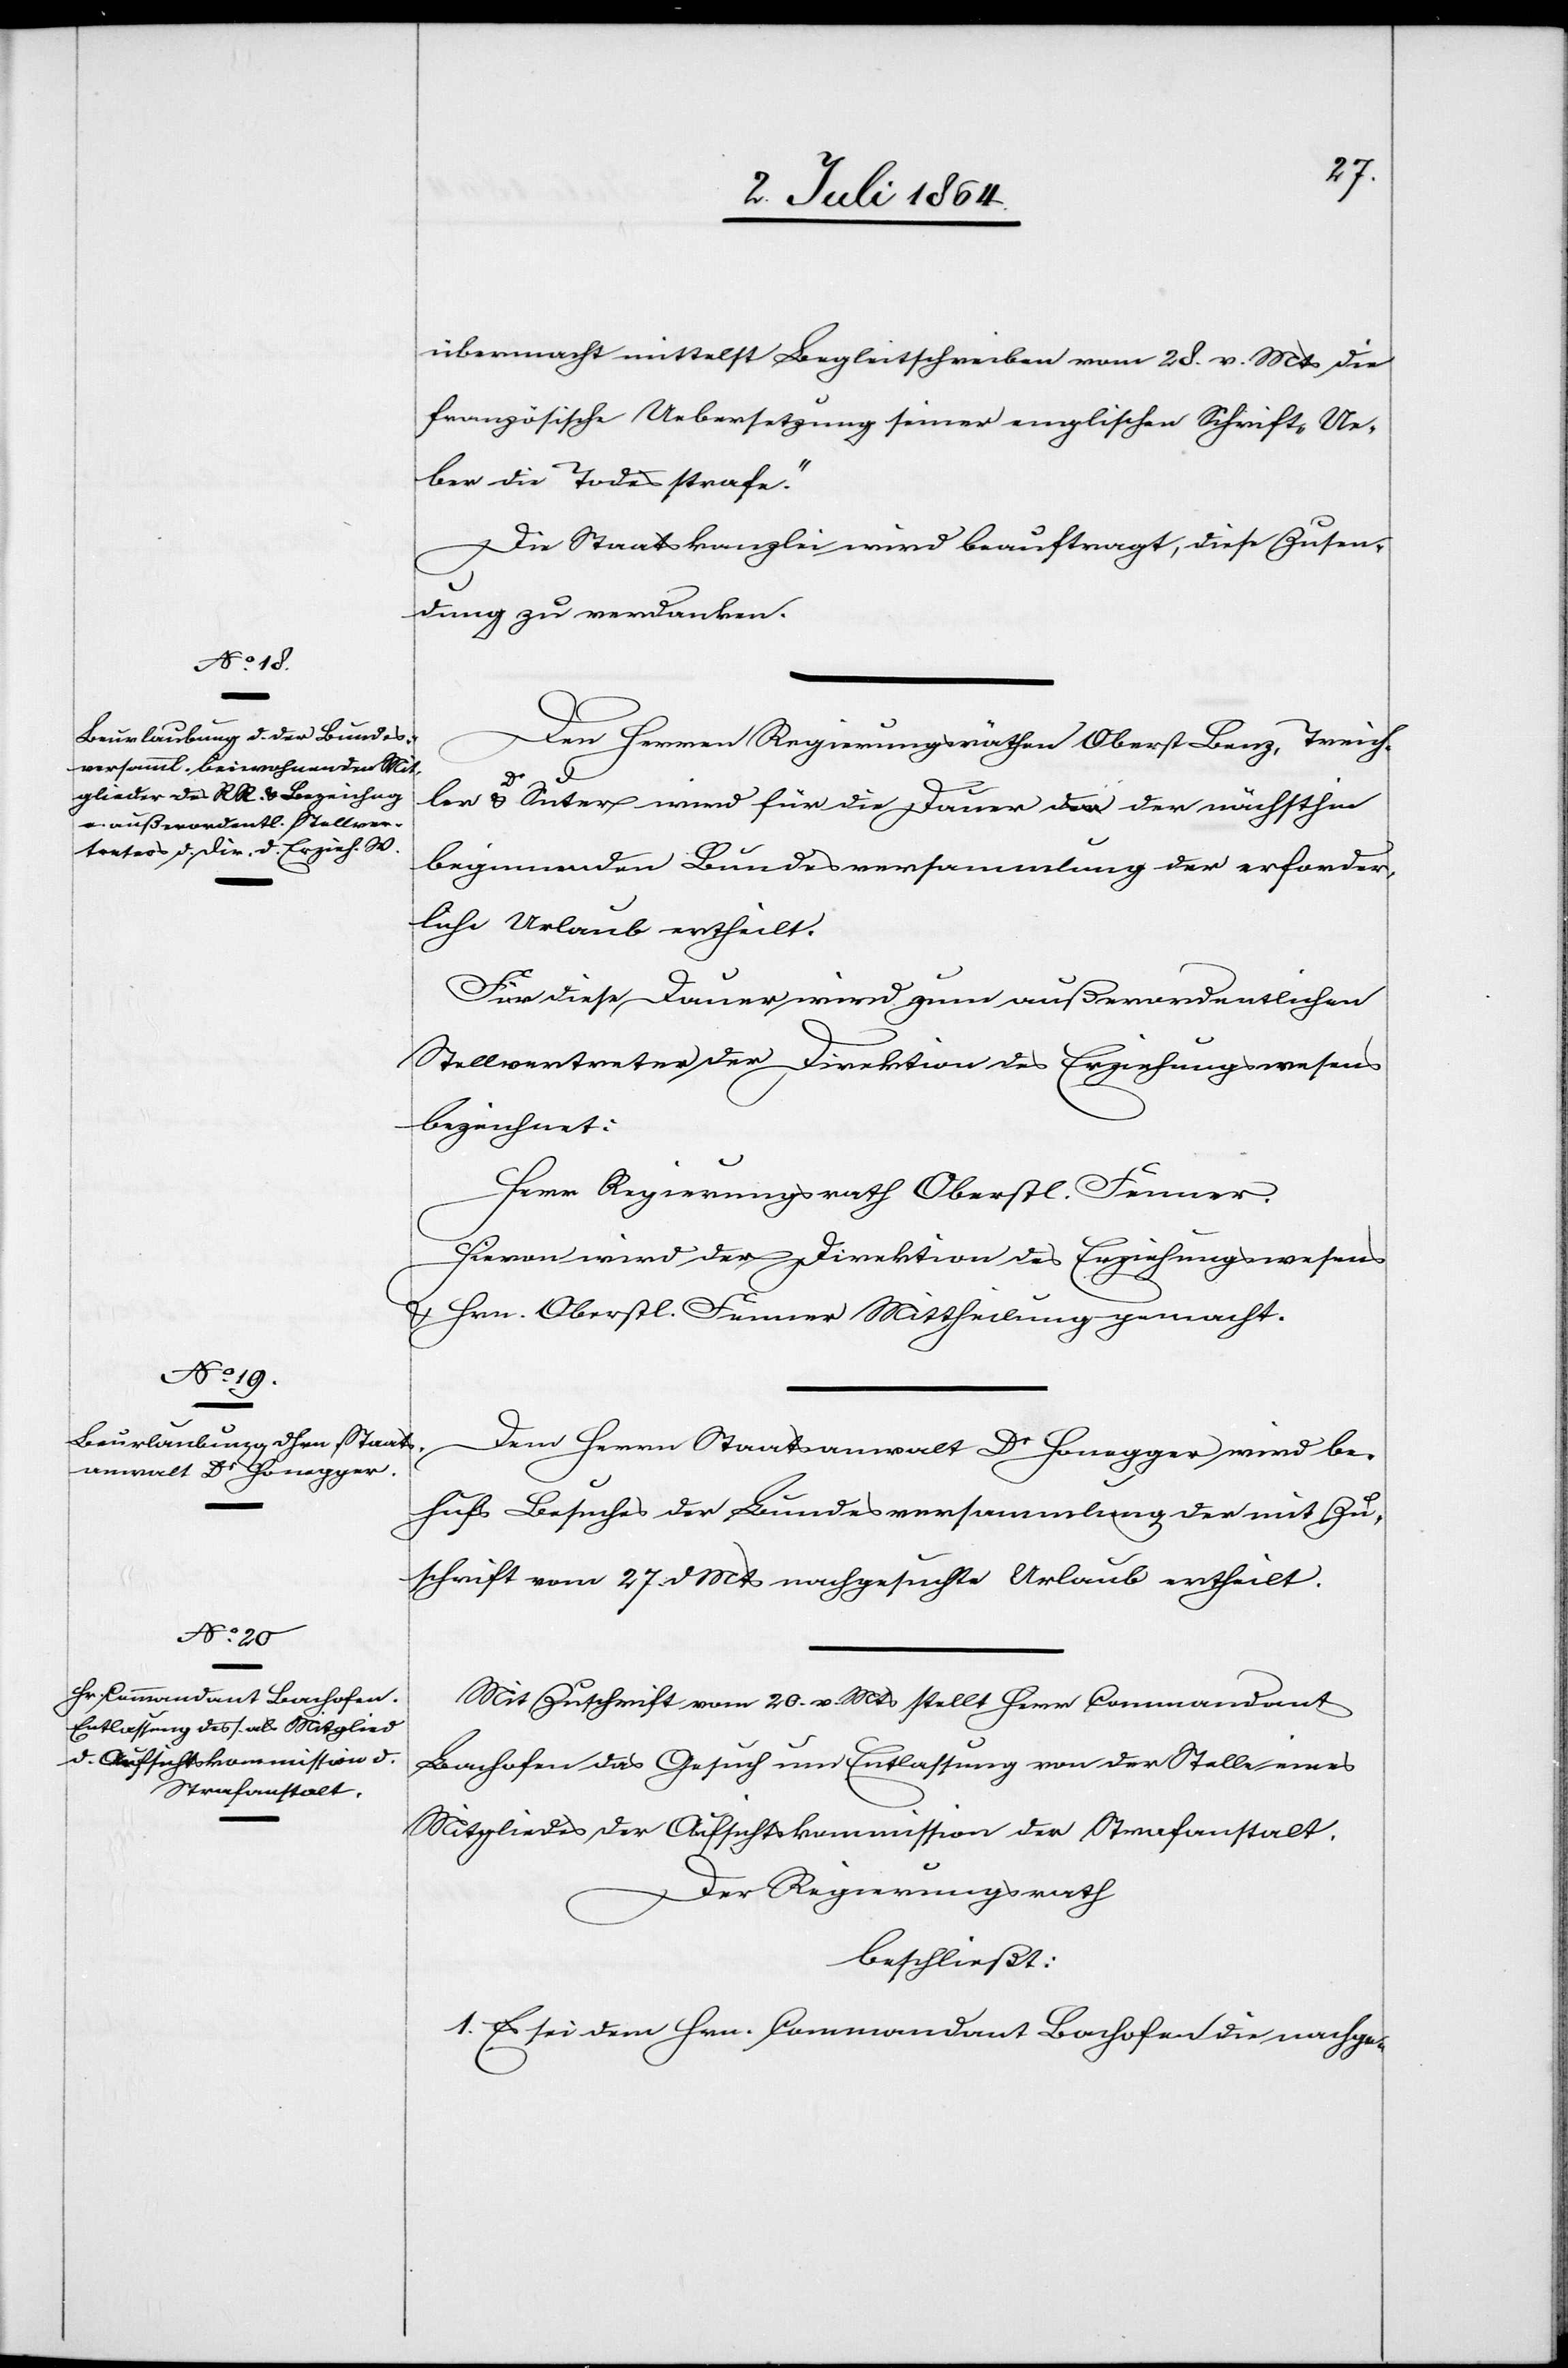
übermacht mittelst Begleitschreiben vom 28. v. Mts. die
französische Uebersetzung seiner englischen Schrift „Ue¬
ber die Todesstrafe.“
Die Staatskanzlei wird beauftragt, diese Zusen¬
dung zu verdanken.
Den Herren Regierungsräthen Oberst Benz, Treich¬
ler u. Dr Suter wird für die Dauer der nächsthin
beginnenden Bundesversammlung der erforder¬
liche Urlaub ertheilt.
Für diese Dauer wird zum außerordentlichen
Stellvertreter der Direktion des Erziehungswesens
bezeichnet:
Herr Regierungsrath Oberstl. Fenner.
Hievon wird der Direktion des Erziehungswesens
u. Hrn. Oberstl. Fener Mittheilung gemacht.
Dem Herrn Staatsanwalt Dr Honegger wird be¬
hufs Besuches der Bundesversammlung der mit Zu¬
schrift vom 27. d. Mts. nachgesuchte Urlaub ertheilt.
Mit Zuschrift vom 20. v. Mts. stellt Herr Commandant
Bachofen das Gesuch um Entlassung von der Stelle eines
Mitgliedes der Aufsichtskommission der Strafanstalt.
Der Regierungsrath
beschließt:
1. Es sei dem Hrn. Commandant Bachofen die nachge-